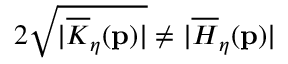
2 \sqrt { \vert \overline { { K } } _ { \eta } ( \mathbf { p } ) \vert } \neq \vert \overline { { H } } _ { \eta } ( \mathbf { p } ) \vert